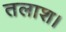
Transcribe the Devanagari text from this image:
तलाश।